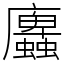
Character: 蠯